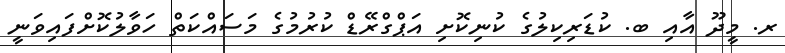
ރ. މީދޫ އާއި ބ. ކުޑަރިކިލުގެ ކުނިކޮށި އަޕްގްރޭޑް ކުރުމުގެ މަސައްކަތް ހަވާލުކޮށްފައިވަނީ